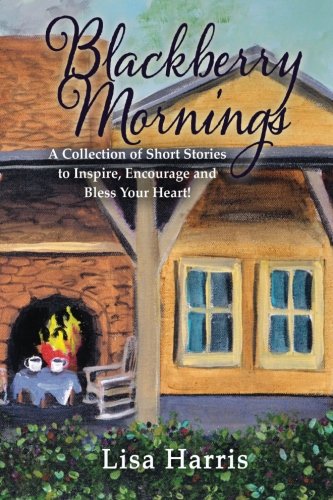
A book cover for Blackberry Mornings; Lisa Harris; Christian Books & Bibles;